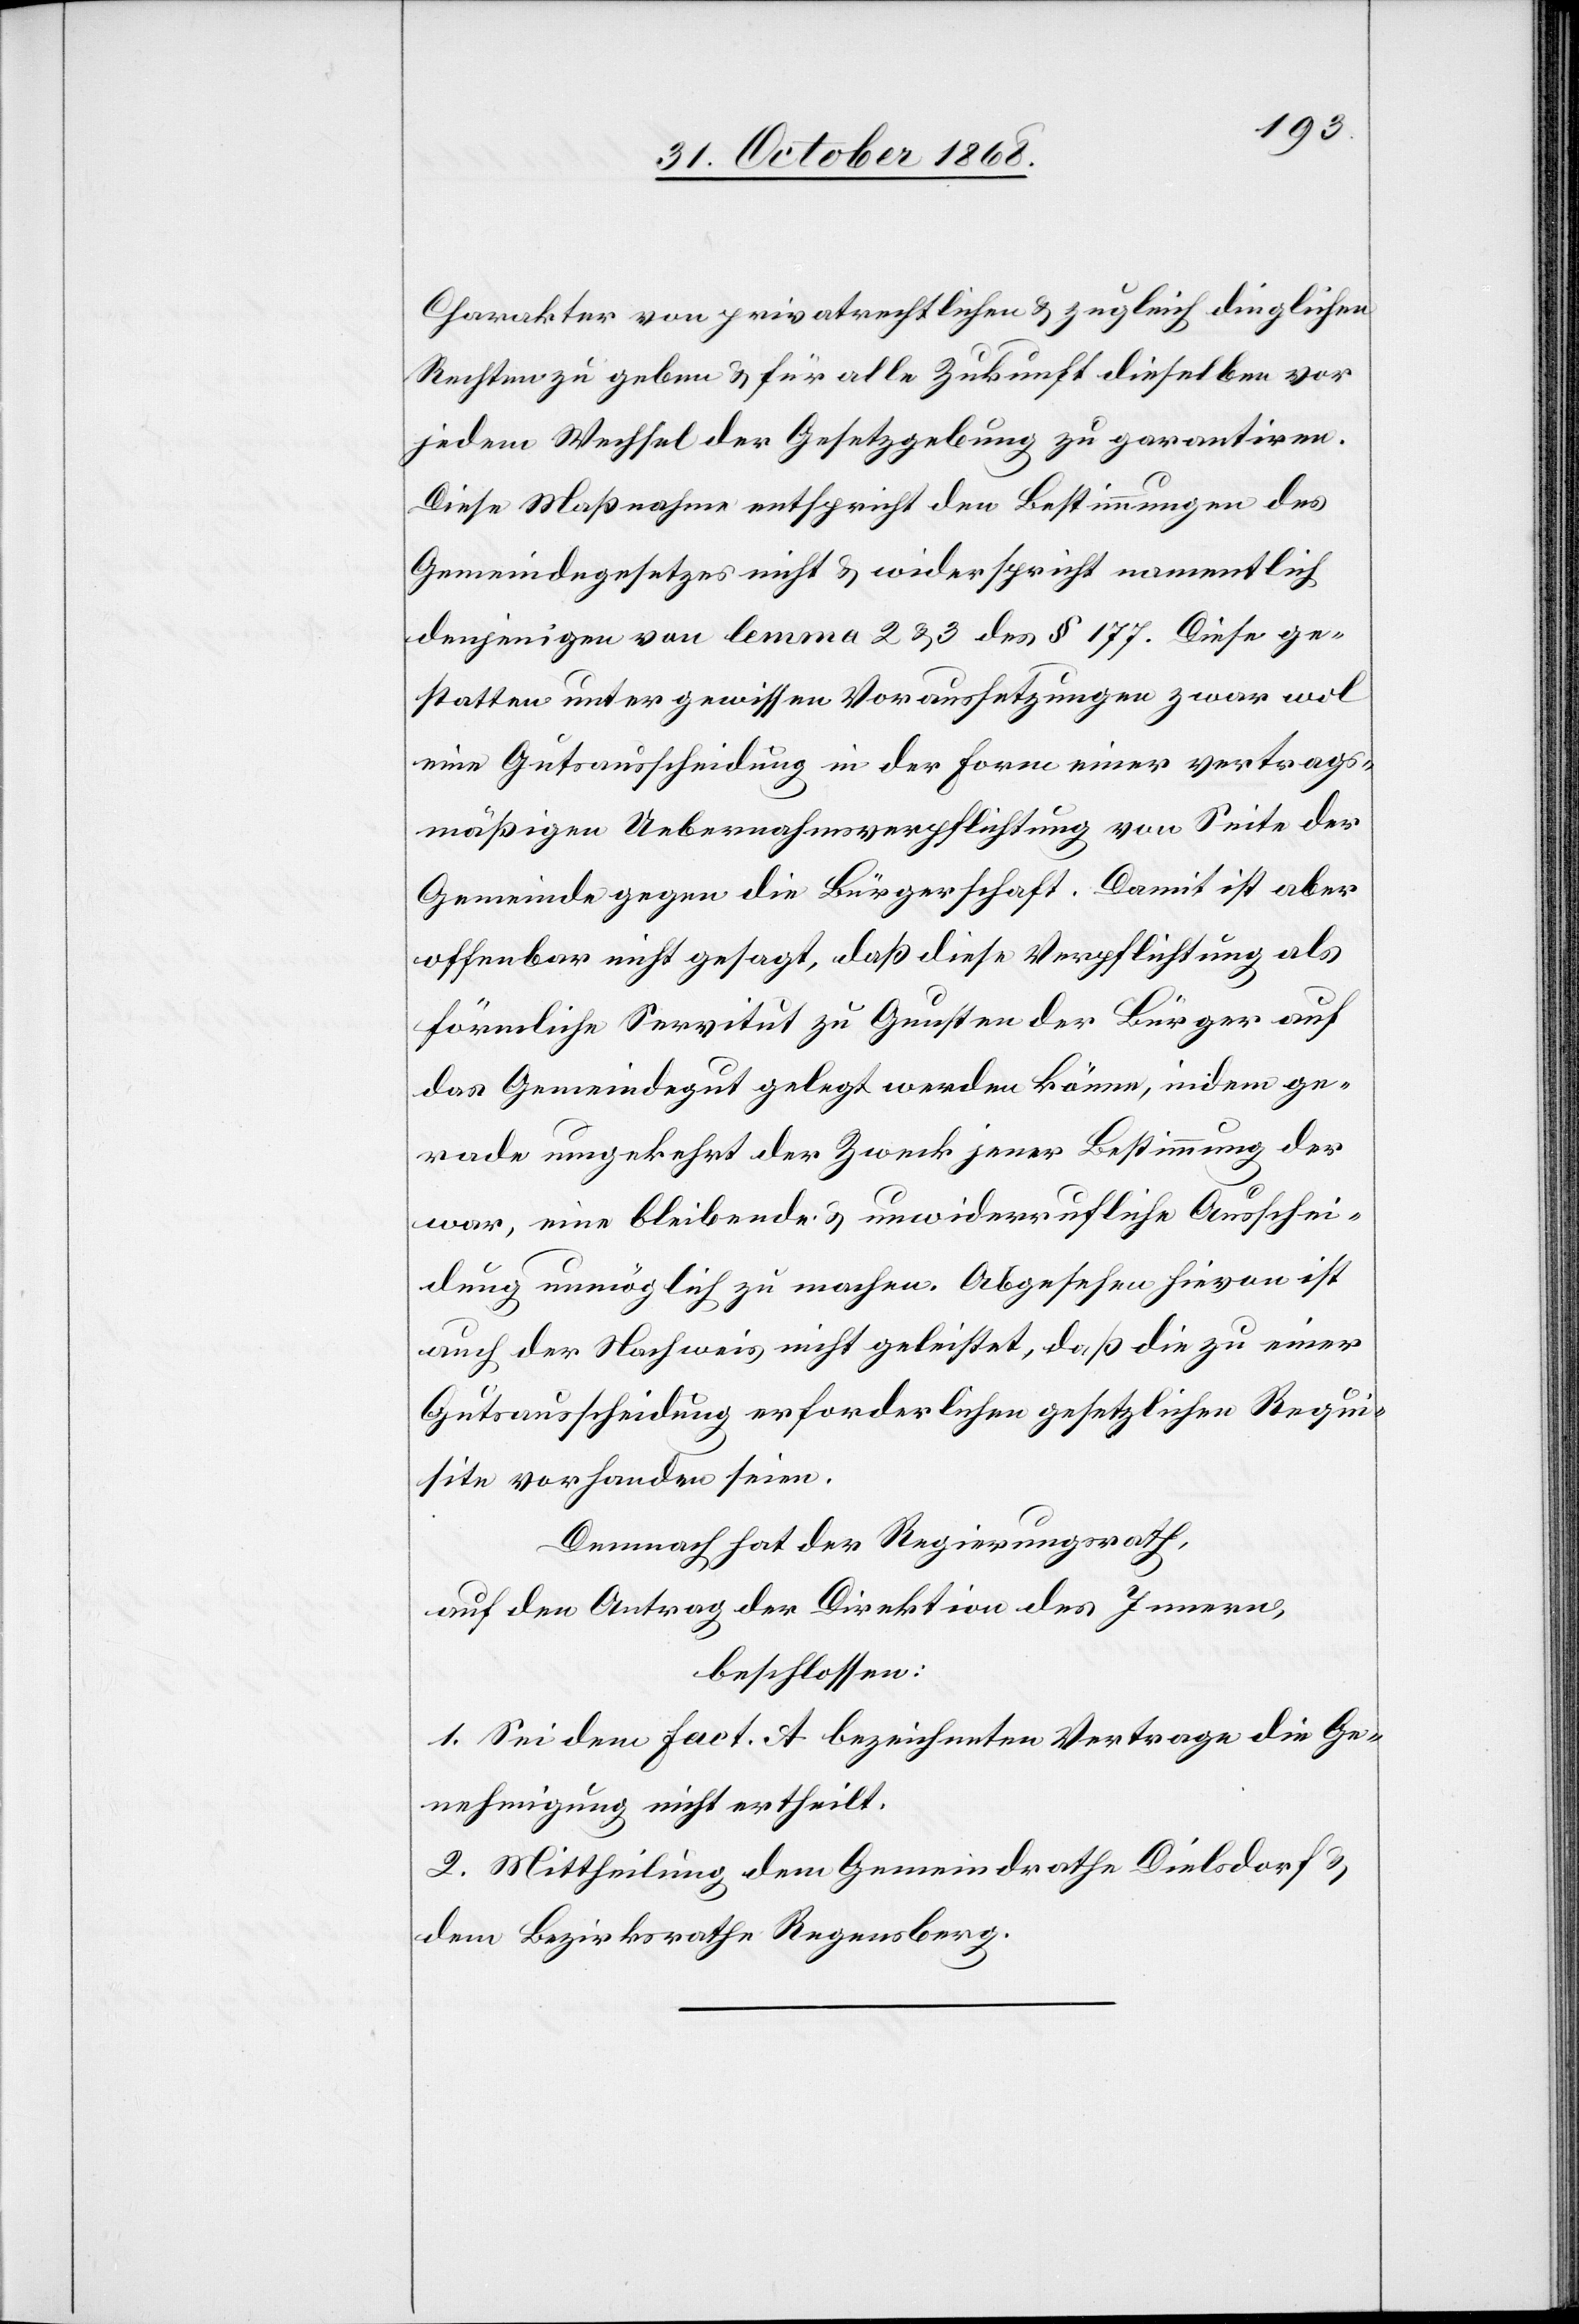
Charakter von privatrechtlichen & zugleich dinglichen
Rechten zu geben & für alle Zukunft dieselben vor
jedem Wechsel der Gesetzgebung zu garantiren.
Diese Maßnahme entspricht den Bestimmungen des
Gemeindegesetzes nicht & widerspricht namentlich
denjenigen von lemma 2 & 3 des § 177. Diese ge¬
statten unter gewissen Voraussetzungen zwar wol
eine Gutsausscheidung in der Form einer vertrags¬
mäßigen Uebernahmsverpflichtung von Seite der
Gemeinde gegen die Bürgerschaft. Damit ist aber
offenbar nicht gesagt, daß diese Verpflichtung als
förmliche Servitut zu Gunsten der Bürger auf
das Gemeindegut gelegt werden könne, indem ge¬
rade umgekehrt der Zweck jener Bestimmung der
war, eine bleibende & unwiderrufliche Ausschei¬
dung unmöglich zu machen. Abgesehen hievon ist
auch der Nachweis nicht geleistet, daß die zu einer
Gutsausscheidung erforderlichen gesetzlichen Requi¬
site vorhanden seien.
Demnach hat der Regierungsrath,
auf den Antrag der Direktion des Innern,
beschlossen:
1. Sei dem Fact. A bezeichneten Vertrage die Ge¬
nehmigung nicht ertheilt.
2. Mittheilung dem Gemeindrathe Dielsdorf &
dem Bezirksrathe Regensberg.